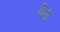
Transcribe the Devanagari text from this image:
घिर्री